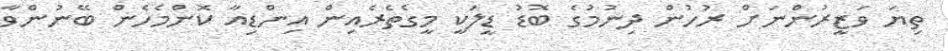
ތިޔަ ވަޒީރުންނަށް ރުހުން ދިނުމުގެ ބޮޑު ޑީލަކީ މީގެތެރެއިން އިންޑިއާ ކޮންމެހެން ބޭނުންވާ